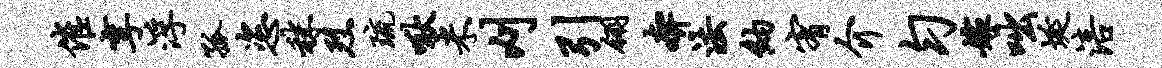
催享浮孤恣秣烈琉啾米刈引翎奔法纳宥介匀嫁咄埏涪